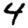
Digit: 4